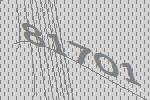
81701